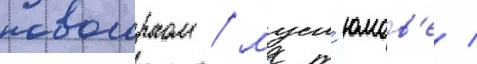
новогорном / мусл'юмов'е /